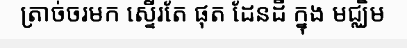
ត្រាច់ចរមក ស្ទើរតែ ផុត ដែនដី ក្នុង មជ្ឈិម